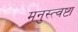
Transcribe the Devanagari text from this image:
मनुस्त्वष्टा